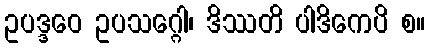
ဥပဒ္ဒဝေ ဥပသဂ္ဂေါ၊ ဒိဿတိ ပါဒိကေပိ စ။